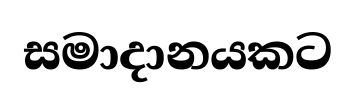
සමාදානයකට